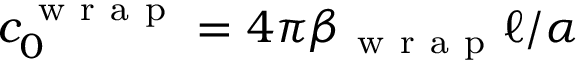
c _ { 0 } ^ { \mathrm { ~ w ~ r ~ a ~ p ~ } } = 4 \pi \beta _ { \mathrm { ~ w ~ r ~ a ~ p ~ } } \ell / \alpha